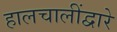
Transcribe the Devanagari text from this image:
हालचालींद्वारे